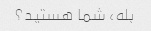
بله، شما هستید؟